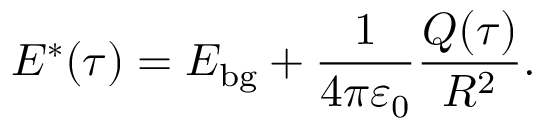
E ^ { * } ( \tau ) = E _ { \mathrm { b g } } + \frac { 1 } { 4 \pi \varepsilon _ { 0 } } \frac { Q ( \tau ) } { R ^ { 2 } } .